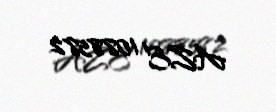
AZE 1088582